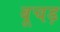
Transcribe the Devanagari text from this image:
बूचड़